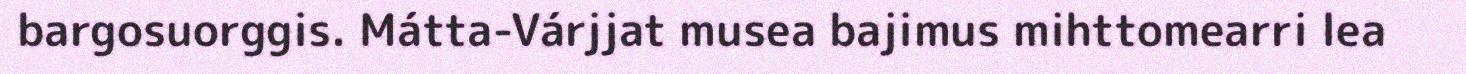
bargosuorggis. Mátta-Várjjat musea bajimus mihttomearri lea